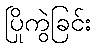
ပြိုကွဲခြင်း